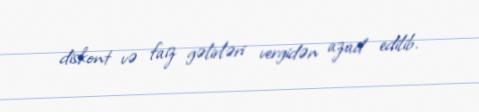
diskont və faiz gəlirləri vergidən azad edilib.